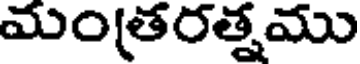
మంతరత్నము